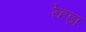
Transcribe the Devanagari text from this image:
रेहड़ा